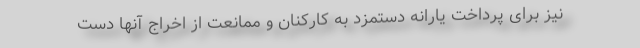
نیز برای پرداخت یارانه دستمزد به کارکنان و ممانعت از اخراج آنها دست